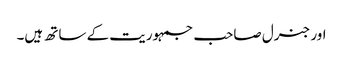
اور جنرل صاحب جمہوریت کے ساتھ ہیں۔